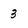
Character: 3